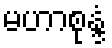
မဟာစုန္ဒံ